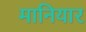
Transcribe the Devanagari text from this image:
मानियार